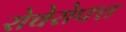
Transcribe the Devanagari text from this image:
रोचेरोफ्त